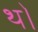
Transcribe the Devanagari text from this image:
थ॓।